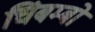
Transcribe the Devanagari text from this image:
चिंबम्बो